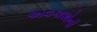
અવકાશોની